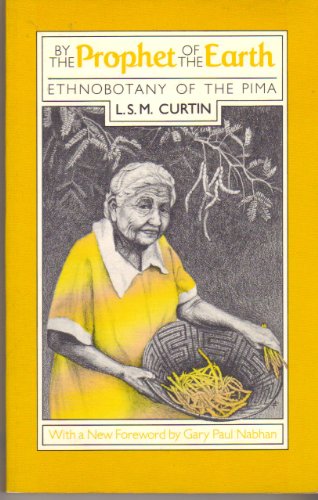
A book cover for By the Prophet of the Earth: Ethnobotany of the Pima; L. S. M. Curtin; Crafts, Hobbies & Home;